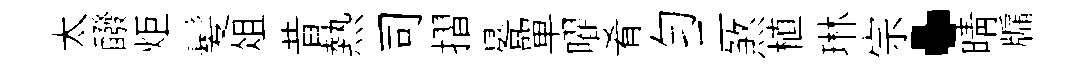
太醱炬髪俎昔熱司摺晷單曜肴勻二煞植琳宗·晴牖